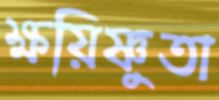
ক্ষয়িষ্ণুতা